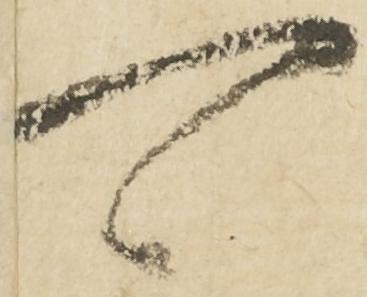
可